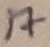
Text: 17